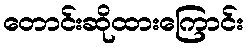
တောင်းဆိုထားကြောင်း